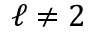
\ell \neq 2